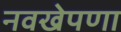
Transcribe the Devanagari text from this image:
नवखेपणा